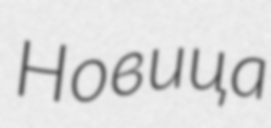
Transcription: Новица